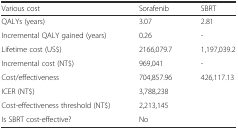
<table><thead><tr><td><b>Various cost</b></td><td><b>Sorafenib</b></td><td><b>SBRT</b></td></tr></thead><tbody><tr><td>QALYs (years)</td><td>3.07</td><td>2.81</td></tr><tr><td>Incremental QALY gained (years)</td><td>0.26</td><td>-</td></tr><tr><td>Lifetime cost (US$)</td><td>2166,079.7</td><td>1,197,039.2</td></tr><tr><td>Incremental cost (NT$)</td><td>969,041</td><td>-</td></tr><tr><td>Cost/effectiveness</td><td>704,857.96</td><td>426,117.13</td></tr><tr><td>ICER (NT$)</td><td colspan="2">3,788,238</td></tr><tr><td>Cost-effectiveness threshold (NT$)</td><td colspan="2">2,213,145</td></tr><tr><td>Is SBRT cost-effective?</td><td colspan="2">No</td></tr></tbody></table>